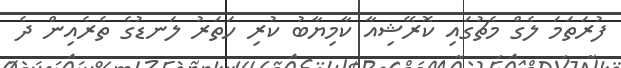
ފުރަތަމަ ލެގް މެޗުގައި ކޮރޭޝިއާ ކާމިޔާބު ކުރި ހަތަރު ލަނޑުގެ ތެރެއިން ދެ